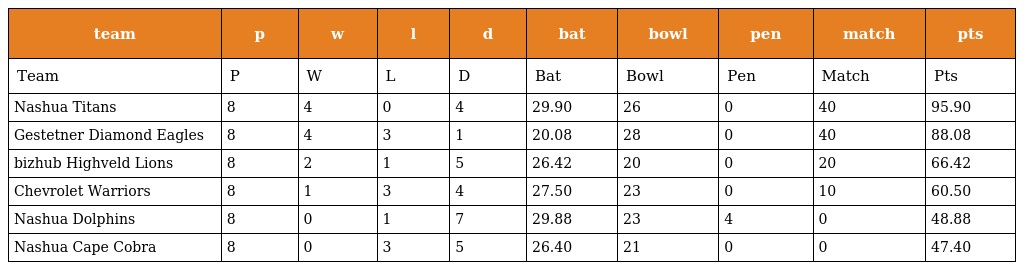
| team | p | w | l | d | bat | bowl | pen | match | pts |
 | --- | --- | --- | --- | --- | --- | --- | --- | --- | --- |
 | Team | P | W | L | D | Bat | Bowl | Pen | Match | Pts |
 | Nashua Titans | 8 | 4 | 0 | 4 | 29.90 | 26 | 0 | 40 | 95.90 |
 | Gestetner Diamond Eagles | 8 | 4 | 3 | 1 | 20.08 | 28 | 0 | 40 | 88.08 |
 | bizhub Highveld Lions | 8 | 2 | 1 | 5 | 26.42 | 20 | 0 | 20 | 66.42 |
 | Chevrolet Warriors | 8 | 1 | 3 | 4 | 27.50 | 23 | 0 | 10 | 60.50 |
 | Nashua Dolphins | 8 | 0 | 1 | 7 | 29.88 | 23 | 4 | 0 | 48.88 |
 | Nashua Cape Cobra | 8 | 0 | 3 | 5 | 26.40 | 21 | 0 | 0 | 47.40 |